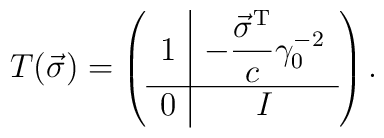
T(\vec\sigma)=\left(\begin{array}{c|c}1&\displaystyle-\frac{\vec\sigma^{\rm T}}{c}\gamma_0^{-2}\\[1ex]\hline0&I\end{array}\right).